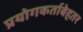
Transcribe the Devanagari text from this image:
प्रयोगकर्ताबेहतर